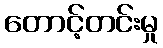
တောင့်တင်းမှု